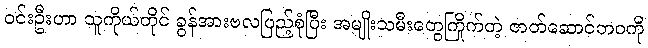
ဝင်းဦးဟာ သူကိုယ်တိုင် ခွန်အားဗလပြည့်စုံပြီး အမျိုးသမီးတွေကြိုက်တဲ့ ဇာတ်ဆောင်ဘဝကို